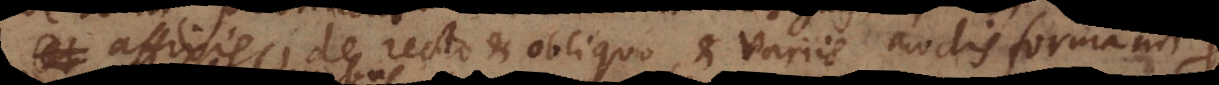
affixis, de recto et obliquo, et variis modis formandi